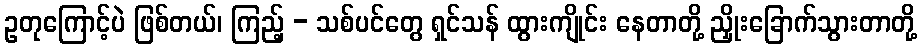
ဥတုကြောင့်ပဲ ဖြစ်တယ်၊ ကြည့် - သစ်ပင်တွေ ရှင်သန် ထွားကျိုင်း နေတာတို့ ညှိုးခြောက်သွားတာတို့